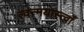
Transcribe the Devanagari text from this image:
त्वन्मयास्त्वाँ